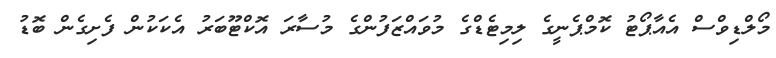
މޯލްޑިވްސް އެއާޕޯޓު ކޮމްޕެނީގެ ލިމިޓެޑްގެ މުވައްޒަފުންގެ މުސާރަ އޮކްޓޫބަރު އެކަކުން ފެށިގެން ބޮޑު